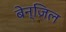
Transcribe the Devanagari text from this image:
बेन्ज़िल